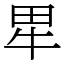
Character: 㽚